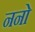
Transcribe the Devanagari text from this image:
ननो